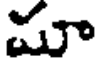
మూ